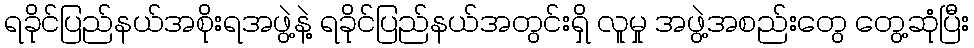
ရခိုင်ပြည်နယ်အစိုးရအဖွဲ့နဲ့ ရခိုင်ပြည်နယ်အတွင်းရှိ လူမှု အဖွဲ့အစည်းတွေ တွေ့ဆုံပြီး